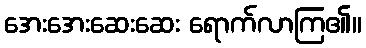
အေးအေးဆေးဆေး ရောက်လာကြ၏။